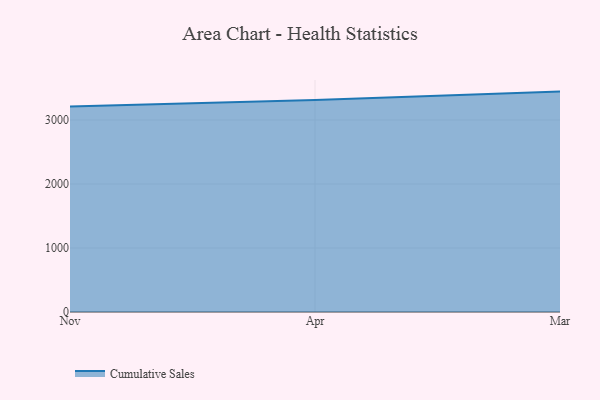
{"axis": {"x": "Month", "y": "LTV (USD)"}, "legend": ["Cumulative Sales"], "data": [{"x": "Nov", "y": 3209.1, "type": "Cumulative Sales"}, {"x": "Apr", "y": 3313.2, "type": "Cumulative Sales"}, {"x": "Mar", "y": 3443.7, "type": "Cumulative Sales"}]}